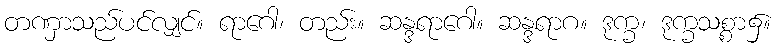
တဏှာသည်ပင်လျှင်။ ရာဂေါ၊ တည်း။ ဆန္ဒရာဂေါ။ ဆန္ဒရာဂ။ ဒုက္ခ၊ ဒုက္ခသစ္စာ၌။